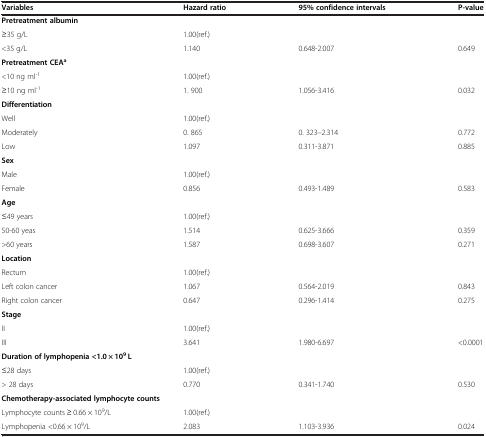
| Variables | Hazard ratio | 95% confidence intervals | P-value |
 | --- | --- | --- | --- |
 | Pretreatment albumin |  |  |  |
 | ≥35 g/L | 1.00(ref.) |  |  |
 | <35 g/L | 1.140 | 0.648-2.007 | 0.649 |
 | Pretreatment CEAa |  |  |  |
 | <10 ng ml-1 | 1.00(ref.) |  |  |
 | ≥10 ng ml-1 | 1. 900 | 1.056-3.416 | 0.032 |
 | Differentiation |  |  |  |
 | Well | 1.00(ref.) |  |  |
 | Moderately | 0. 865 | 0. 323–2.314 | 0.772 |
 | Low | 1.097 | 0.311-3.871 | 0.885 |
 | Sex |  |  |  |
 | Male | 1.00(ref.) |  |  |
 | Female | 0.856 | 0.493-1.489 | 0.583 |
 | Age |  |  |  |
 | ≤49 years | 1.00(ref.) |  |  |
 | 50-60 yeas | 1.514 | 0.625-3.666 | 0.359 |
 | >60 years | 1.587 | 0.698-3.607 | 0.271 |
 | Location |  |  |  |
 | Rectum | 1.00(ref.) |  |  |
 | Left colon cancer | 1.067 | 0.564-2.019 | 0.843 |
 | Right colon cancer | 0.647 | 0.296-1.414 | 0.275 |
 | Stage |  |  |  |
 | II | 1.00(ref.) |  |  |
 | III | 3.641 | 1.980-6.697 | <0.0001 |
 | Duration of lymphopenia <1.0 × 109 L |  |  |  |
 | ≤28 days | 1.00(ref.) |  |  |
 | > 28 days | 0.770 | 0.341-1.740 | 0.530 |
 | Chemotherapy-associated lymphocyte counts |  |  |  |
 | Lymphocyte counts ≥ 0.66 × 109/L | 1.00(ref.) |  |  |
 | Lymphopenia <0.66 × 109/L | 2.083 | 1.103-3.936 | 0.024 |